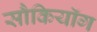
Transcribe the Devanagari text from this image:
सौकियॉग